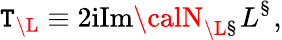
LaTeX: \mathtt{T}_{{\mathbf{\L}}}\equiv2\mathrm{{i}}\mathrm{{Im}}{\calN}_{{\mathbf{\L}}{\mathbf{\S}}}L^{{\mathbf{\S}}},